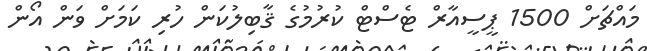
މައްޗަށް 1500 ޕީސީއާރް ޓެސްޓް ކުރުމުގެ ޤާބިލުކަން ހުރި ކަމަށް ވަން އޯން